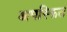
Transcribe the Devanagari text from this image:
अपस्फित